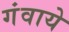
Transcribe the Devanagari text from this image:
गंवाये